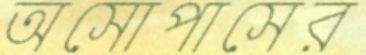
অসোপাসের